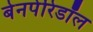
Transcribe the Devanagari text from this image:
बेनपेरिडॉल